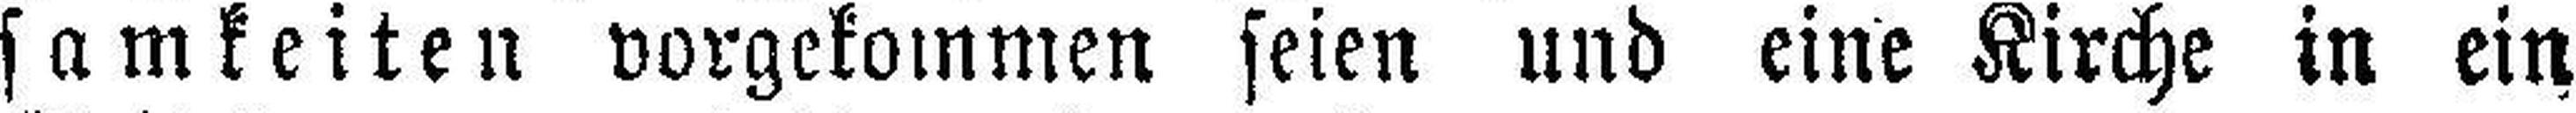
samkeiten vorgekommen seien und eine Kirche in ein